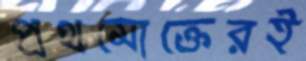
প্রথমোক্তেরই